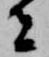
者